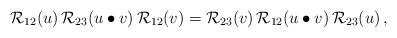
LaTeX: \begin{align*} {\mathcal R}_{12}(u)\, {\mathcal R}_{23}(u \bullet v) \, {\mathcal R}_{12}(v) = {\mathcal R}_{23}(v) \, {\mathcal R}_{12}(u \bullet v) \, {\mathcal R}_{23}(u)\,,\end{align*}